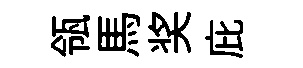
瓴馬奖庇